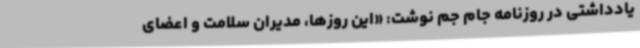
یادداشتی در روزنامه جام جم نوشت: «این روزها، مدیران سلامت و اعضای